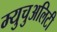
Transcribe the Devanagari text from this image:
म्युचुअलिटी